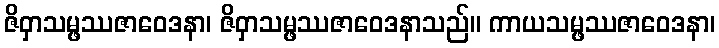
ဇိဝှာသမ္ဖဿဇာဝေဒနာ၊ ဇိဝှာသမ္ဖဿဇာဝေဒနာသည်။ ကာယသမ္ဖဿဇာဝေဒနာ၊